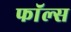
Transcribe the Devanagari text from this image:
फाॅल्स